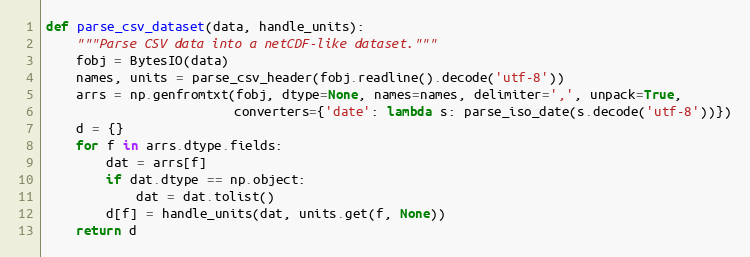
Language: Python
def parse_csv_dataset(data, handle_units):
    """Parse CSV data into a netCDF-like dataset."""
    fobj = BytesIO(data)
    names, units = parse_csv_header(fobj.readline().decode('utf-8'))
    arrs = np.genfromtxt(fobj, dtype=None, names=names, delimiter=',', unpack=True,
                         converters={'date': lambda s: parse_iso_date(s.decode('utf-8'))})
    d = {}
    for f in arrs.dtype.fields:
        dat = arrs[f]
        if dat.dtype == np.object:
            dat = dat.tolist()
        d[f] = handle_units(dat, units.get(f, None))
    return d